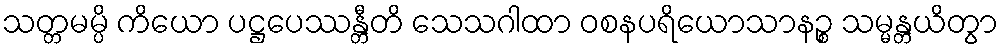
သတ္တမမ္ပိ ကိယော ပဋ္ဌပေဿန္တီတိ သေသဂါထာ ဝစနပရိယောသာနဉ္စ သမ္မန္တယိတွာ